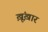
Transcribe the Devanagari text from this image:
ख़ूंख़ार